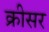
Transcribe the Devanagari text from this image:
क्रीसर